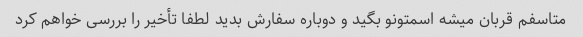
متاسفم قربان میشه اسمتونو بگید و دوباره سفارش بدید لطفا تأخیر را بررسی خواهم کرد